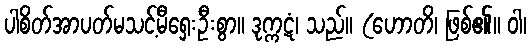
ပါစိတ်အာပတ်မသင့်မီရှေးဦးစွာ။ ဒုက္ကဋံ၊ သည်။ (ဟောတိ၊ ဖြစ်၏။ ဝါ၊